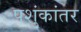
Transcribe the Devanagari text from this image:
पशुंकांतर